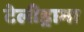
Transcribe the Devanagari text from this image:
टेलीड्रामा